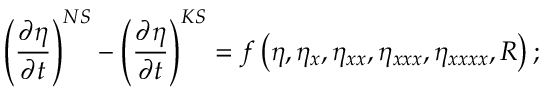
\left( \frac { \partial { \eta } } { \partial t } \right) ^ { N S } - \left( \frac { \partial { \eta } } { \partial t } \right) ^ { K S } = f \left( \eta , \eta _ { x } , \eta _ { x x } , \eta _ { x x x } , \eta _ { x x x x } , R \right) ;